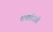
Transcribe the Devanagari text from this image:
शक्तीउठी